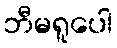
ဘီမရူပေါ